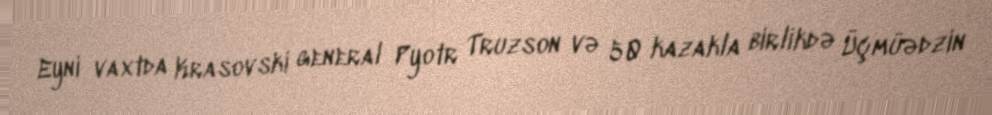
Eyni vaxtda Krasovski general Pyotr Truzson və 50 kazakla birlikdə Üçmüədzin